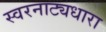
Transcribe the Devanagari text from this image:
स्वरनाट्यधारा